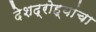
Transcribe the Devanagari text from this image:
देशद्रोह्यांचा